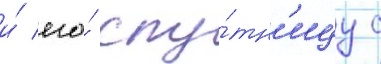
и́ его́ спу́тн'ицу с